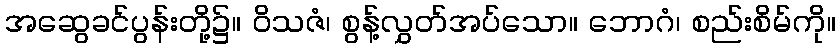
အဆွေခင်ပွန်းတို့၌။ ဝိသဇံ၊ စွန့်လွှတ်အပ်သော။ ဘောဂံ၊ စည်းစိမ်ကို။